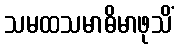
သမထသမာဓိမာဖုသိံ